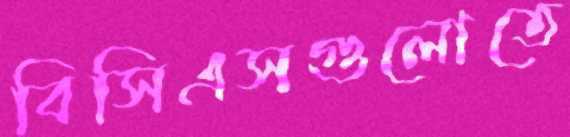
বিসিএসগুলোতে